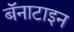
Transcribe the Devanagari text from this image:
बॅनाटाइन